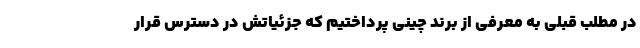
در مطلب قبلی به معرفی از برند چینی پرداختیم که جزئیاتش در دسترس قرار